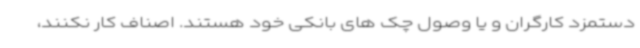
دستمزد کارگران و یا وصول چک های بانکی خود هستند. اصناف کار نکنند،